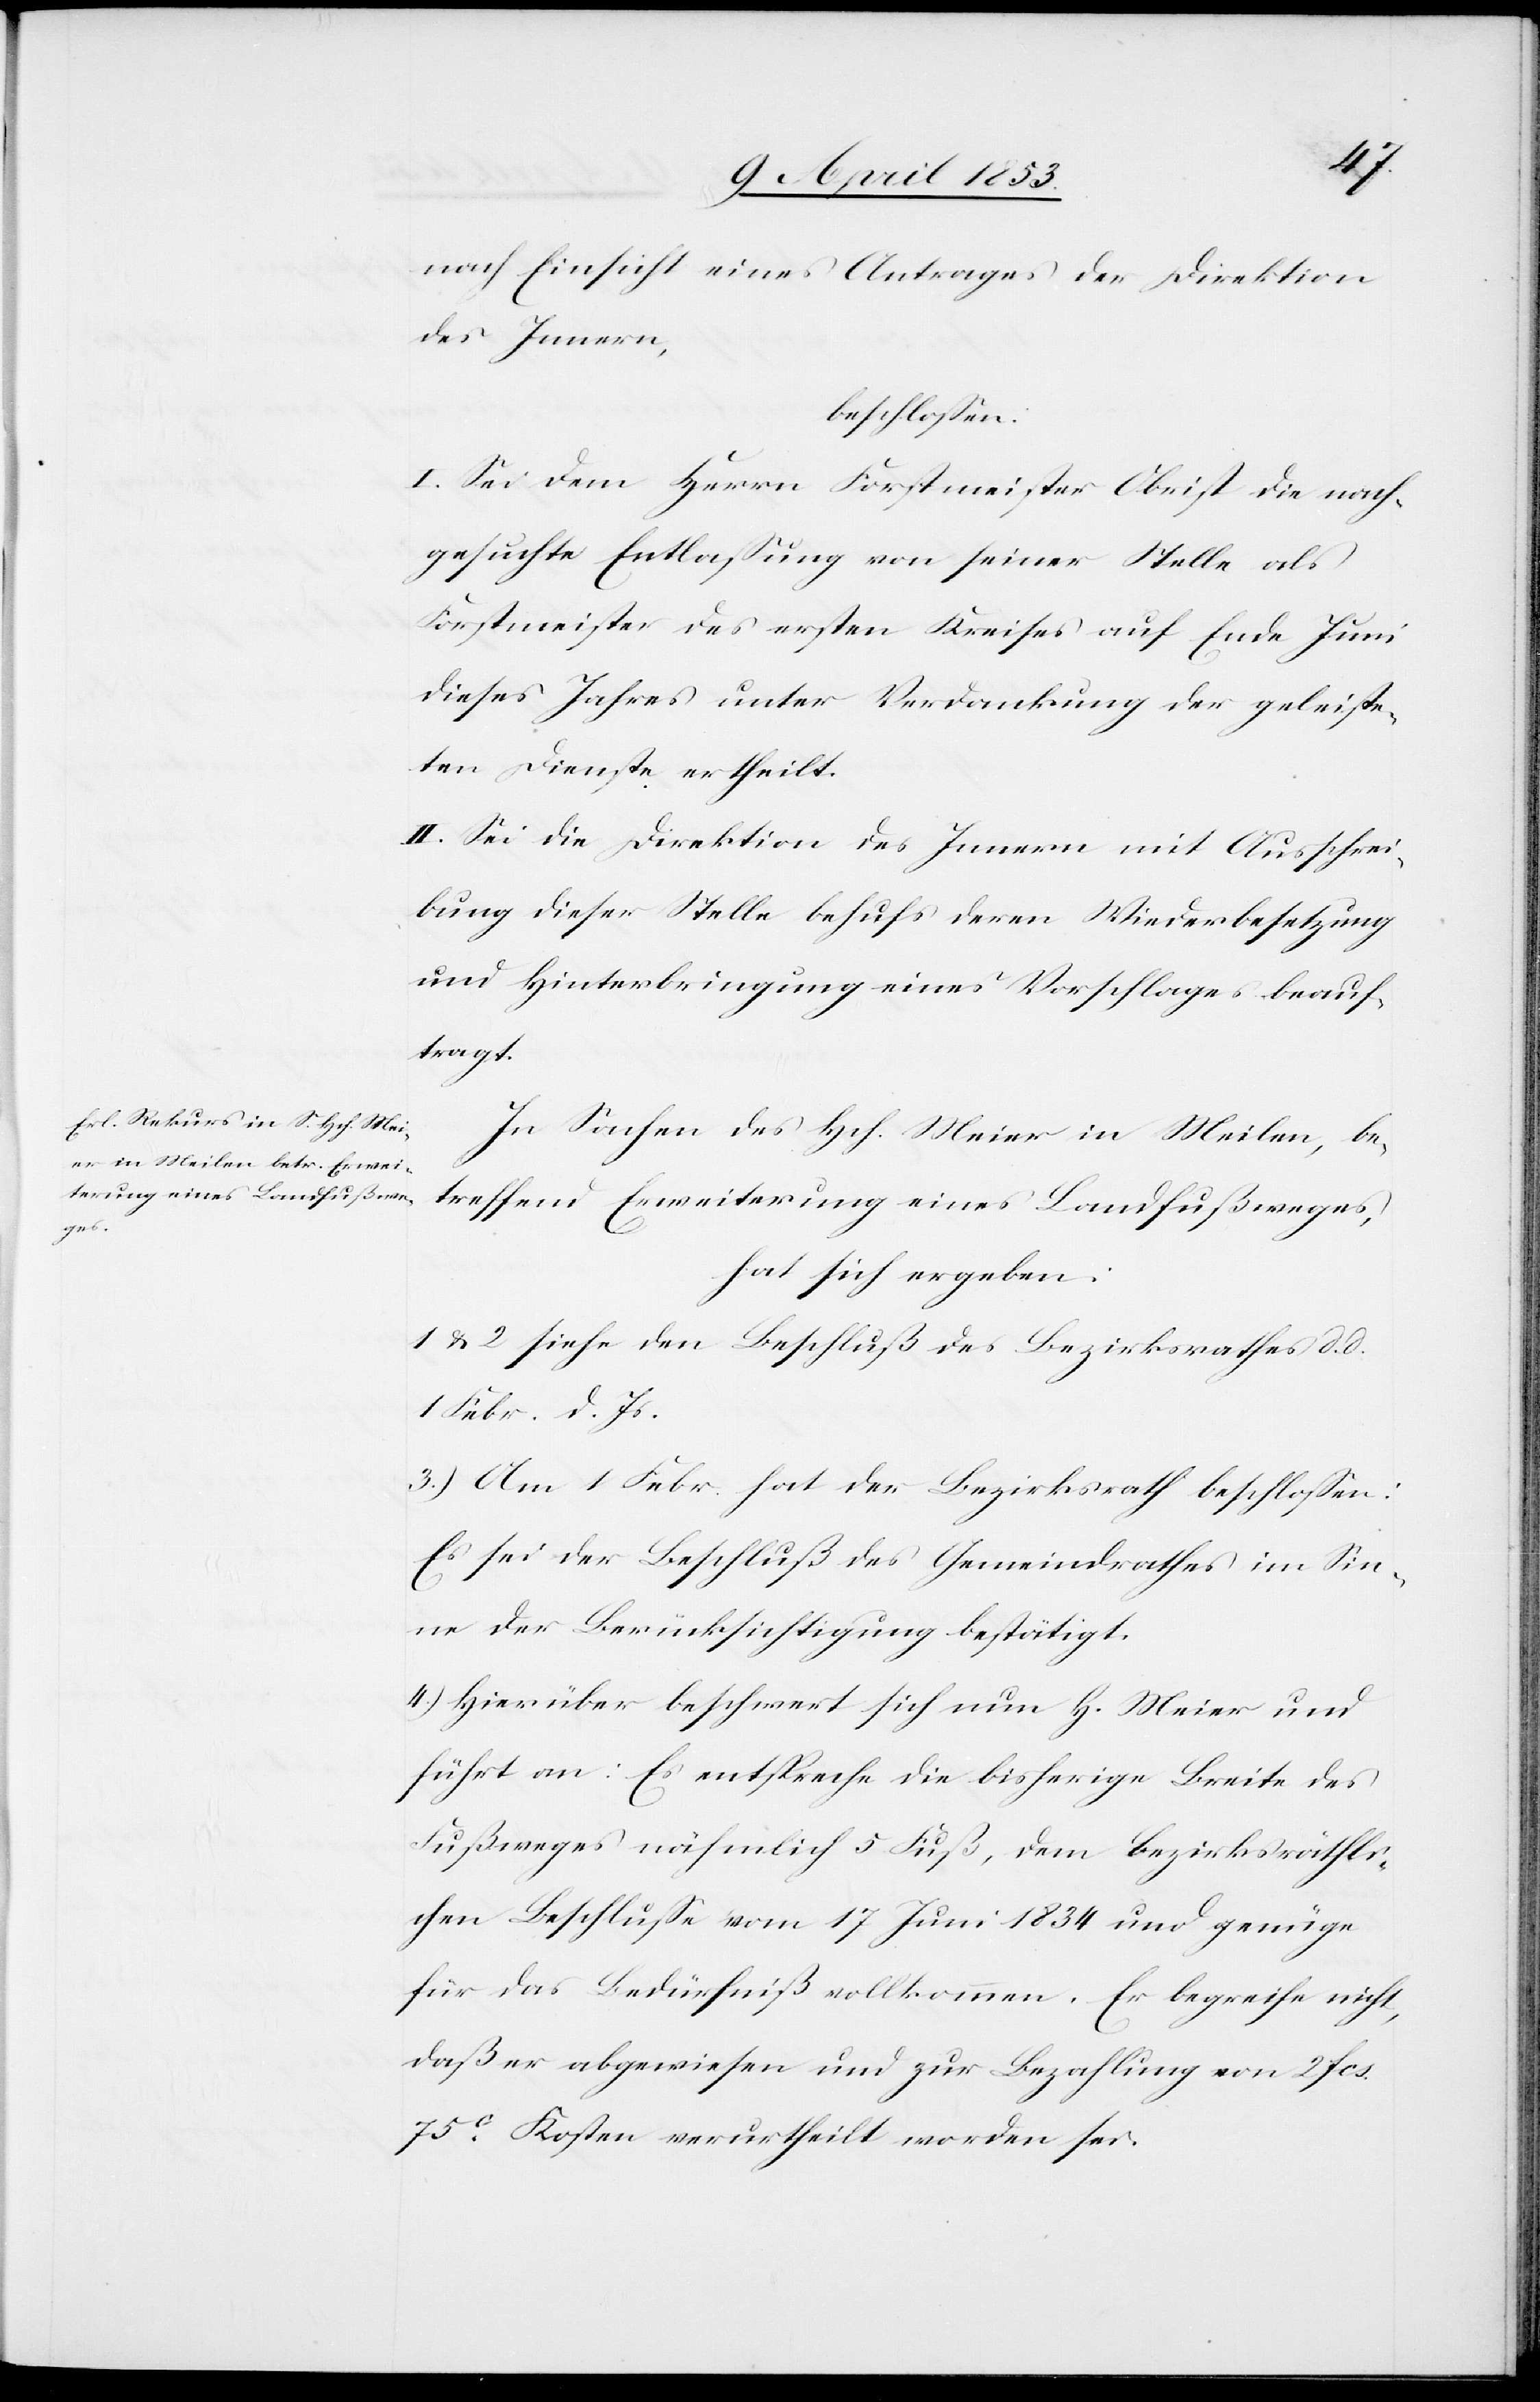
nach Einsicht eines Antrages der Direktion
des Innern,
beschloßen:
I. Sei dem Herrn Forstmeister Christ die nach¬
gesuchte Entlaßung von seiner Stelle als
Forstmeister des ersten Kreises auf Ende Juni
dieses Jahres unter Verdankung der geleiste¬
ten Dienste ertheilt.
II. Sei die Direktion des Innern mit Ausschrei¬
bung dieser Stelle behufs deren Wiederbesetzung
und Hinterbringung eines Vorschlags beauf¬
tragt.
In Sachen des Hch. Meier in Meilen, be¬
treffend Erweiterung eines Landfußweges,
hat sich ergeben:
1 u. 2 siehe den Beschluß des Bezirksrathes d. d.
1. Febr. d. Js.
3.) Am 1 Febr. hat der Bezirksrath beschloßen:
Es sei der Beschluß des Gemeindrathes im Sin¬
ne der Berücksichtigung bestätigt.
4.) Hierüber beschwert sich nun H. Meier und
führt an: Es entspreche die bisherige Breite des
Fußweges nähmlich 5 Fuß, dem bezirksräthli¬
chen Beschluße vom 17 Juni 1834 und genüge
für das Bedürfniß vollkommen. Er begreife nicht,
daß er abgewiesen und zur Bezahlung von 2 fcs.
75c. Kosten verurtheilt worden sei.